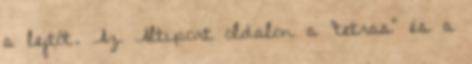
a lejtőt. Az Altiport oldalon a "tetras" és a